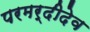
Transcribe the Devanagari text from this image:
परमर्दीदेव